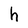
Character: h